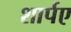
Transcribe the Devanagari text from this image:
शार्पए